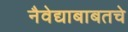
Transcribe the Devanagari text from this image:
नैवेद्याबाबतचे